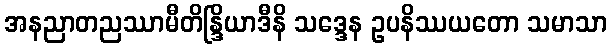
အနညာတညဿာမီတိန္ဒြိယာဒီနိ သဒ္ဒေန ဥပနိဿယတော သမာသာ